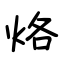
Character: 烙